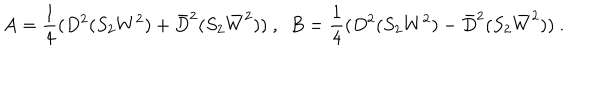
LaTeX: A = \frac { 1 } { 4 } ( D ^ { 2 } ( S _ { 2 } W ^ { 2 } ) + \bar { D } ^ { 2 } ( S _ { 2 } \bar { W } ^ { 2 } ) ) ~ , ~ ~ B = \frac { 1 } { 4 } ( D ^ { 2 } ( S _ { 2 } W ^ { 2 } ) - \bar { D } ^ { 2 } ( S _ { 2 } \bar { W } ^ { 2 } ) ) ~ .